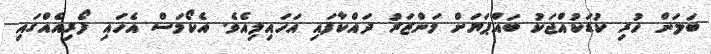
ބަލަން ހުރި ކުޑަކުއްޖަކު ބައްޕަޔަށް މަންޒަރު ދައްކާފައި އަހައިލިއެވެ. އެކޯމަސް އެހައި ފޯރިއެއްގައި